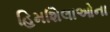
હિમશિલાઓના